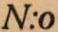
N:o